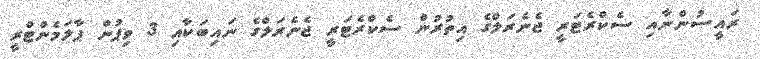
ރައީސުންނާއި ސެކްރެޓަރީ ޖެނެރަލްގެ އިތުރުން ސެކްރެޓަރީ ޖެނެރަލްގެ ނައިބަކާއި 3 ވިޕުން ޕާލަމެންޓްރީ